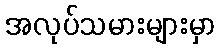
အလုပ်သမားများမှာ